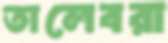
তালেবরা